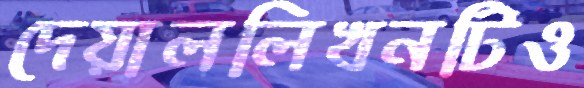
দেয়াললিখনটিও